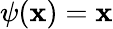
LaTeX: \psi(\mathbf{x})=\mathbf{x}